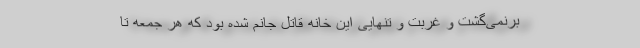
برنمی‌گشت و غربت و تنهایی این خانه قاتل جانم شده بود که هر جمعه تا